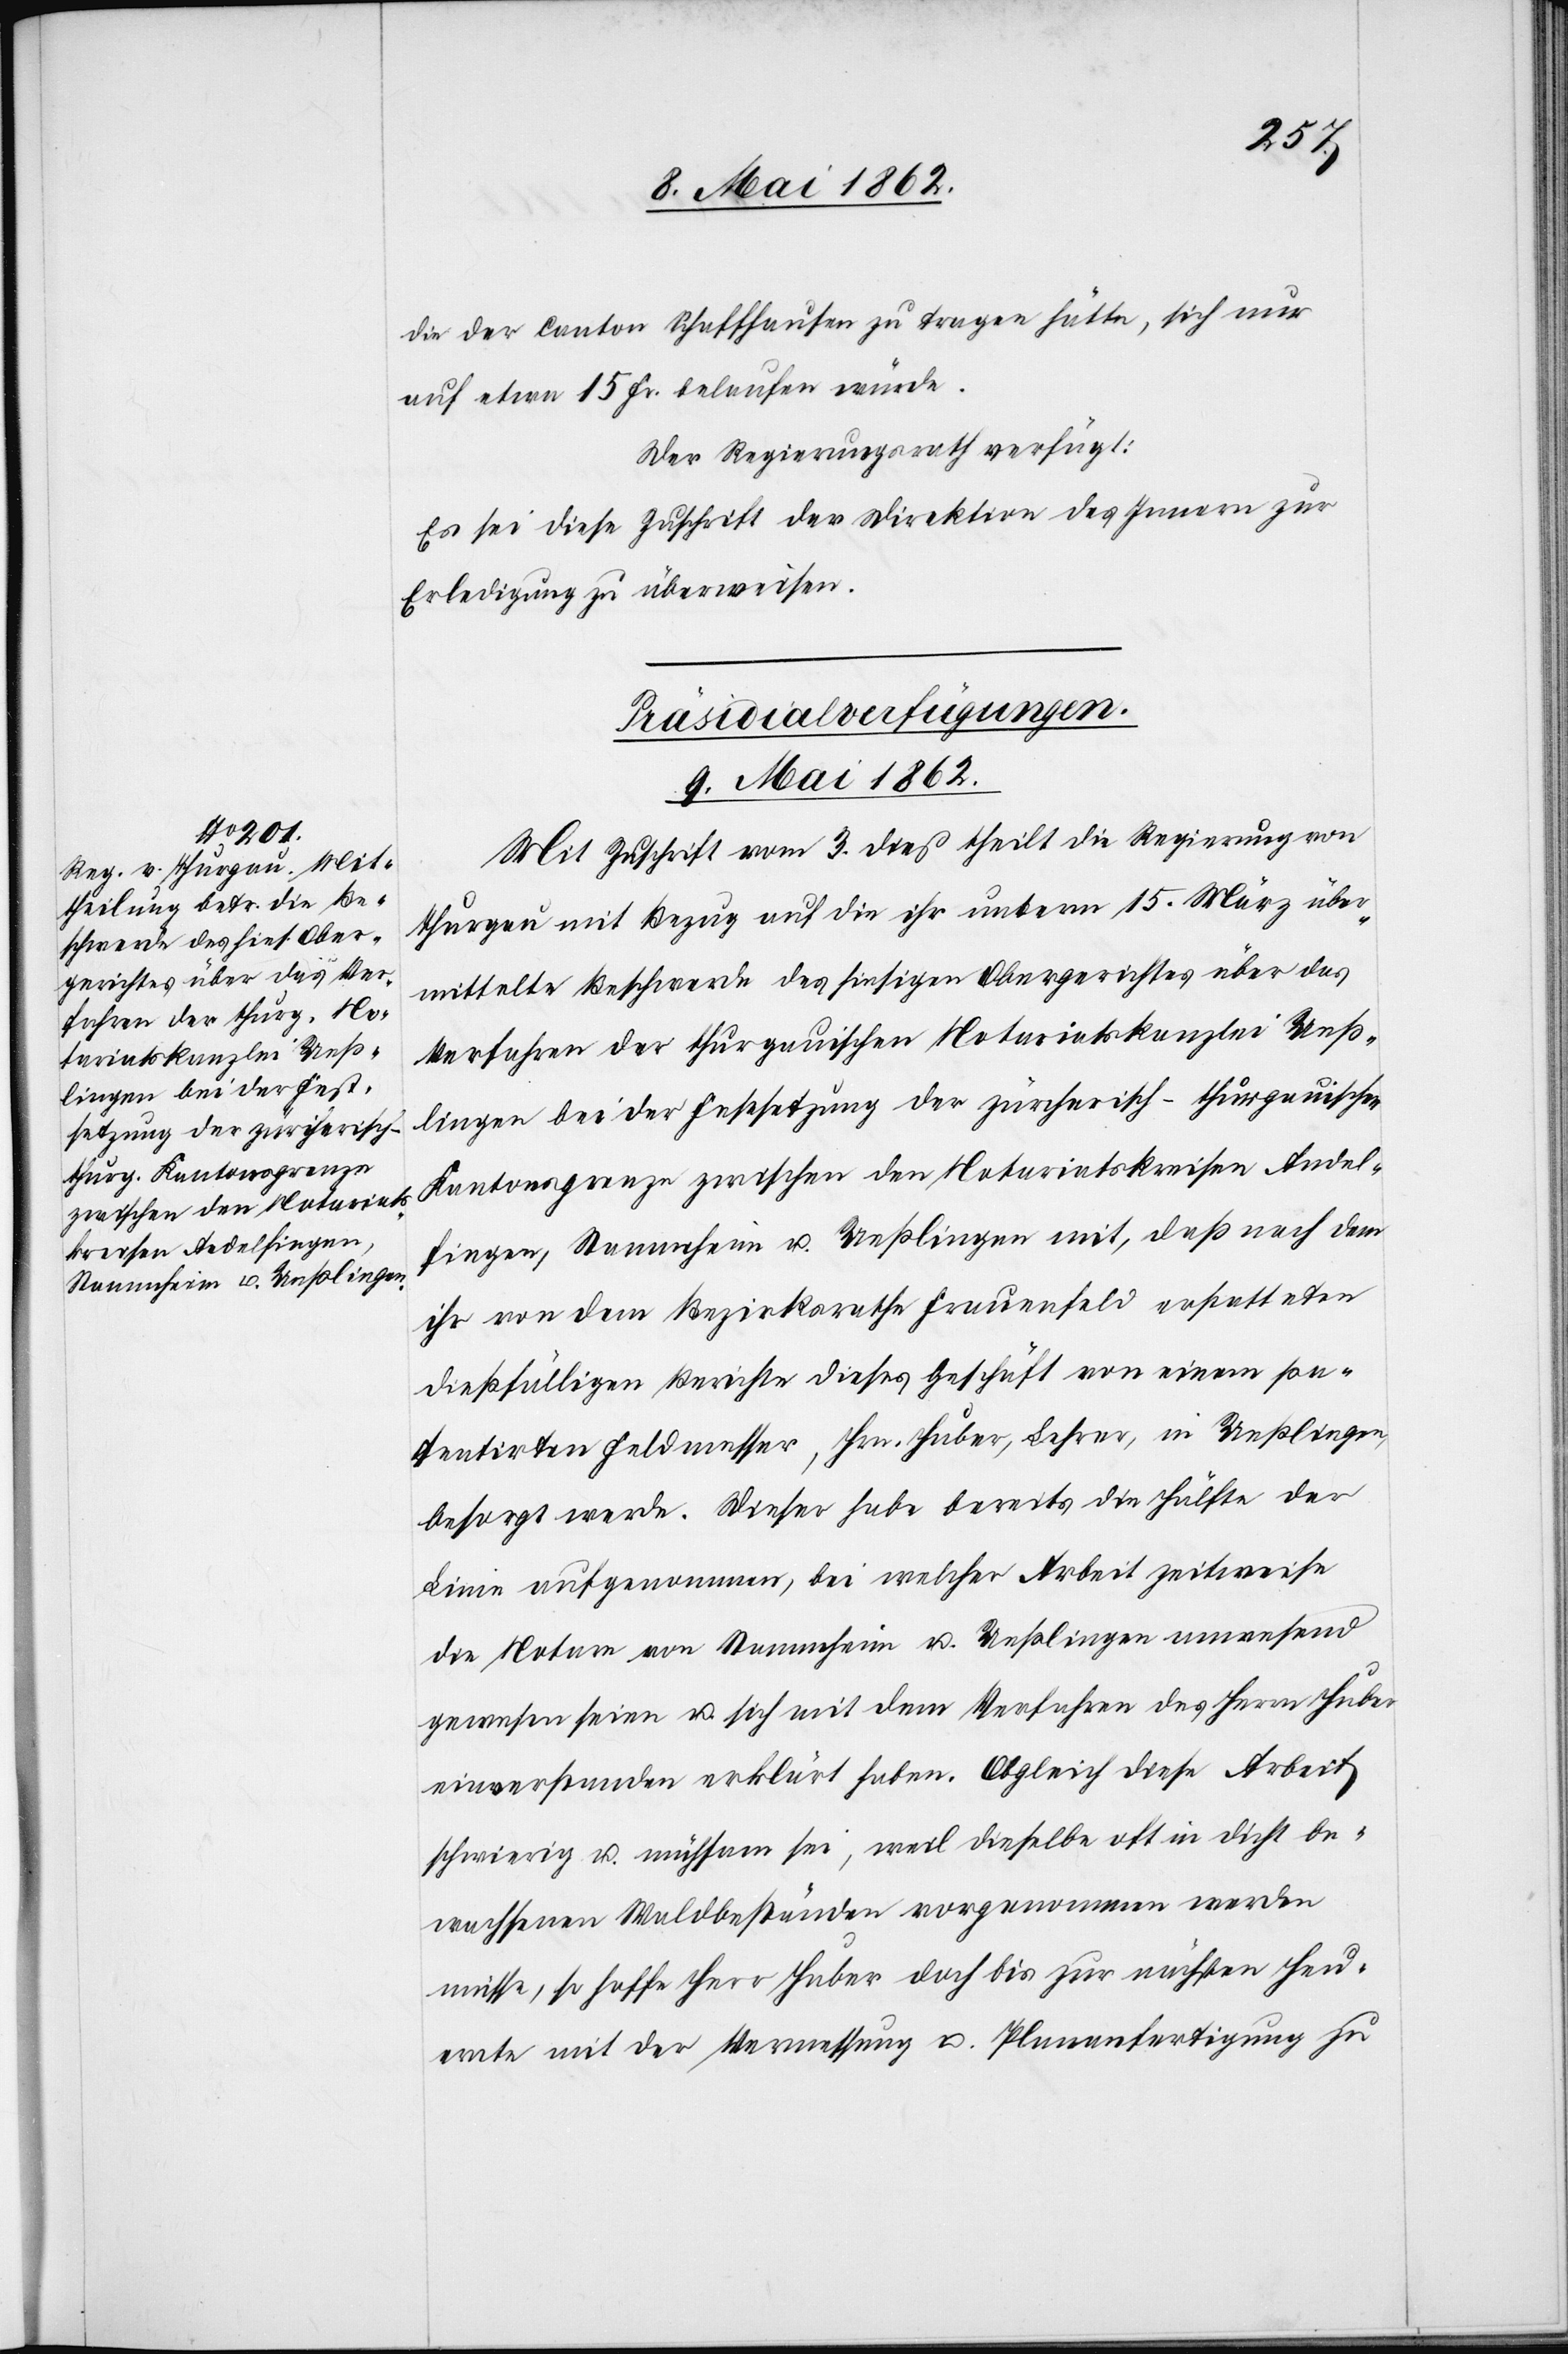
die der Canton Schaffhausen zu tragen hätte, sich nur
auf etwa 15 Fr. belaufen würde.
Der Regierungsrath verfügt:
Es sei diese Zuschrift der Direktion des Innern zur
Erledigung zu überweisen.
Präsidialverfügungen.
9. Mai 1862.
Mit Zuschrift vom 3. dieß theilt die Regierung von
Thurgau mit Bezug auf die ihr unterm 15. März über¬
mittelte Beschwerde des hiesigen Obergerichtes über das
Verfahren der thurgauischen Notariatskanzlei Ueß¬
lingen bei der Festsetzung der zürcherisch-thurgauischen
Kantonsgrenze zwischen den Notariatskreisen Andel¬
fingen, Stammheim u. Ueßlingen mit, daß nach dem
ihr von dem Bezirksrathe Frauenfeld erstatteten
dießfälligen Berichte dieses Geschäft von einem pa¬
tentirten Feldmesser, Hr. Huber, Lehrer, in Ueßlingen
besorgt werde. Dieser habe bereits die Hälfte der
Linien aufgenommen, bei welcher Arbeit zeitweise
die Notare von Stammheim u. Ueßlingen anwesend
gewesen seien u. sich mit dem Verfahren des Herrn Huber
einverstanden erklärt haben. Obgleich diese Arbeit
schwierig u. mühsam sei, weil dieselbe oft in dicht be¬
wachsenen Waldbeständen vorgenommen werden
müsse, so hoffe Herr Huber doch bis zur nächsten Heue¬
rnte mit der Vermessung u. Plananfertigung zu